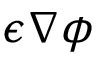
\epsilon \nabla \phi